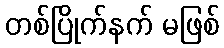
တစ်ပြိုက်နက် မဖြစ်